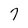
Character: 7